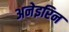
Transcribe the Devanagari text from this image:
अनेइरिन